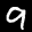
Label: 9